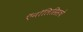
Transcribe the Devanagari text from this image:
ऍनॉलिसिसचे